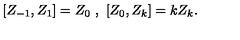
[ Z _ { - 1 } , Z _ { 1 } ] = Z _ { 0 } \ , \ [ Z _ { 0 } , Z _ { k } ] = k Z _ { k } .